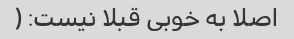
اصلا به خوبی قبلا نیست: (